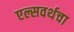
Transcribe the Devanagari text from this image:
एल्सवर्थचा